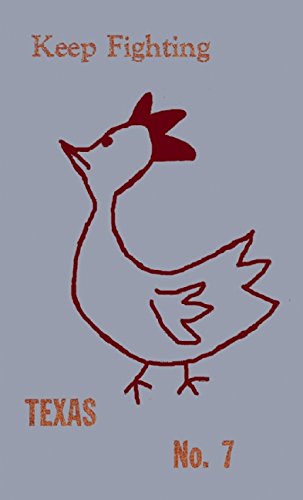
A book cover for I Hate This Part of Texas; John Gerken; Literature & Fiction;